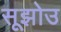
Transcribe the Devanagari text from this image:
सूझोउ